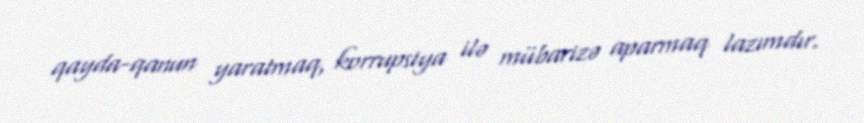
qayda-qanun yaratmaq, korrupsiya ilə mübarizə aparmaq lazımdır.